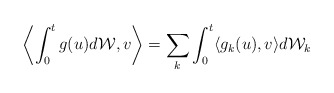
\begin{align*}\left \langle \int_0^t g(u)d\mathcal{W}, v \right \rangle = \sum_k \int_0^t \langle g_k(u),v \rangle d\mathcal{W}_k\end{align*}